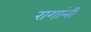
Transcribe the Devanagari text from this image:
रागांनी